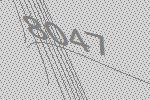
8047